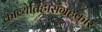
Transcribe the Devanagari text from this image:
काव्येतिहासंग्रहकार